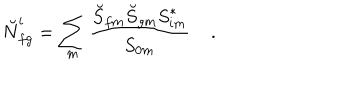
\breve { N } _ { f g } ^ { i } = \sum _ { m } { \frac { \breve { S } _ { f m } \breve { S } _ { g m } { S } _ { i m } ^ { * } } { { S } _ { 0 m } } } \; .